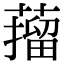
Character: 𦼾